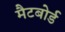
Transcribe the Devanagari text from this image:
मैटबोर्ड